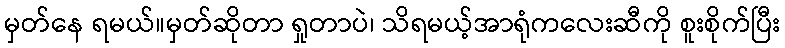
မှတ်နေ ရမယ်။မှတ်ဆိုတာ ရှုတာပဲ၊ သိရမယ့်အာရုံကလေးဆီကို စူးစိုက်ပြီး